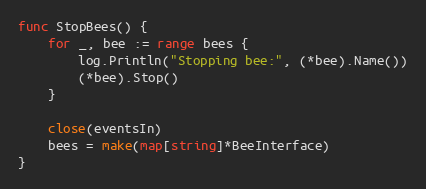
Language: Go
func StopBees() {
	for _, bee := range bees {
		log.Println("Stopping bee:", (*bee).Name())
		(*bee).Stop()
	}

	close(eventsIn)
	bees = make(map[string]*BeeInterface)
}